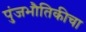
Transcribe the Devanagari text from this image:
पुंजभौतिकीचा